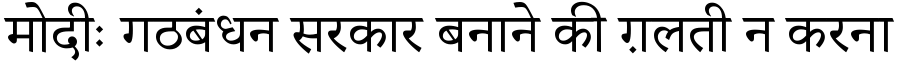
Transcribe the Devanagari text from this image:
मोदीः गठबंधन सरकार बनाने की ग़लती न करना